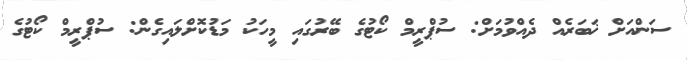
ސަންއަށް ޚަބަރެއް ދެއްވުމަށް: ސުޕްރީމް ކޯޓުގެ ބޭރުގައި މީހަކު މަޑުކޮށްލައިގެން: ސުޕްރީމް ކޯޓުގެ